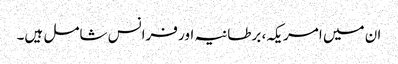
ان میں امریکہ، برطانیہ اور فرانس شامل ہیں۔